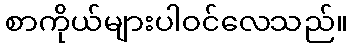
စာကိုယ်များပါဝင်လေသည်။